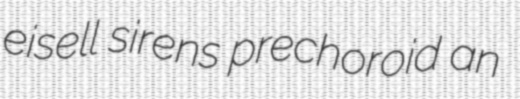
eisell sirens prechoroid an